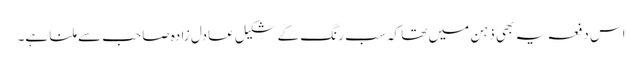
اس دفعہ یہ بھی ذہن میں تھا کہ سب رنگ کے شکیل عادل زادہ صاحب سے ملنا ہے۔